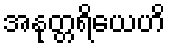
အနုတ္တရိယေဟိ